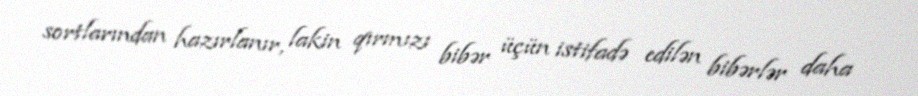
sortlarından hazırlanır, lakin qırmızı bibər üçün istifadə edilən bibərlər daha